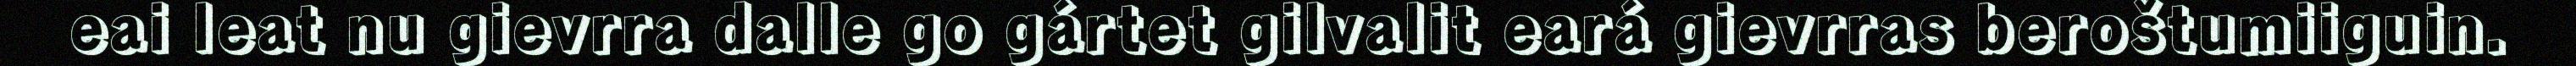
eai leat nu gievrra dalle go gártet gilvalit eará gievrras beroštumiiguin.